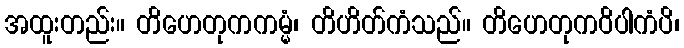
အထူးတည်း။ တိဟေတုကကမ္မံ၊ တိဟိတ်ကံသည်။ တိဟေတုကဝိပါကံပိ၊